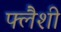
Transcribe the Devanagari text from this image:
फ्लैशी